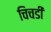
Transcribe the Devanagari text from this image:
चिचडी